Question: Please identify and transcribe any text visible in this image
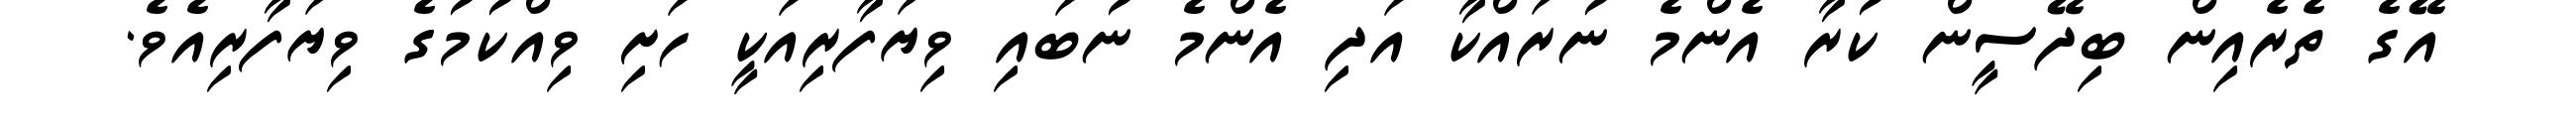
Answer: އޭގެ ތެރެއިން ބިދޭސީން ކުރާ އެންމެ ނުރައްކާ އަދި އެންމެ ނުބައި ވިޔަފާރިއަކީ ހަށި ވިއްކުމުގެ ވިޔަފާރިއެވެ.